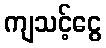
ကျသင့်ငွေ